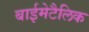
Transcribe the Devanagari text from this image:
बाईमेटैलिक